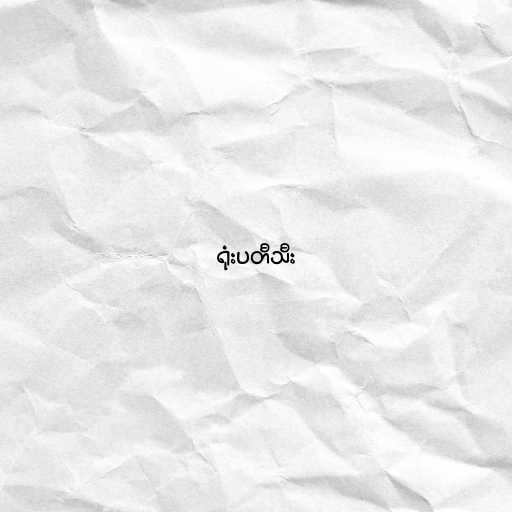
ရုံးပတီသီး